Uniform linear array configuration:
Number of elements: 24
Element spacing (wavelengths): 0.75
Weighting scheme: hann
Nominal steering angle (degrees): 45
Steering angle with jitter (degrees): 44.886
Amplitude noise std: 0.05
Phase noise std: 0.05

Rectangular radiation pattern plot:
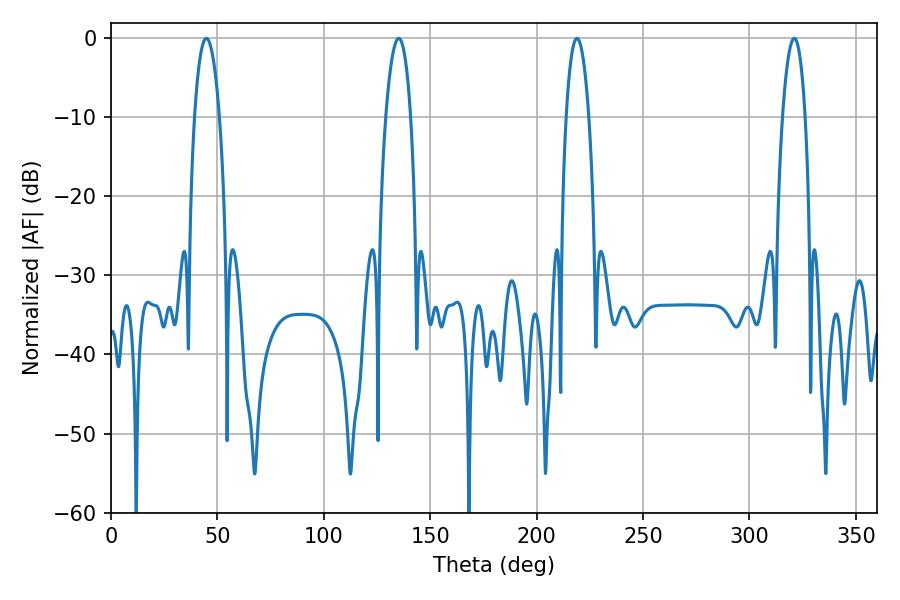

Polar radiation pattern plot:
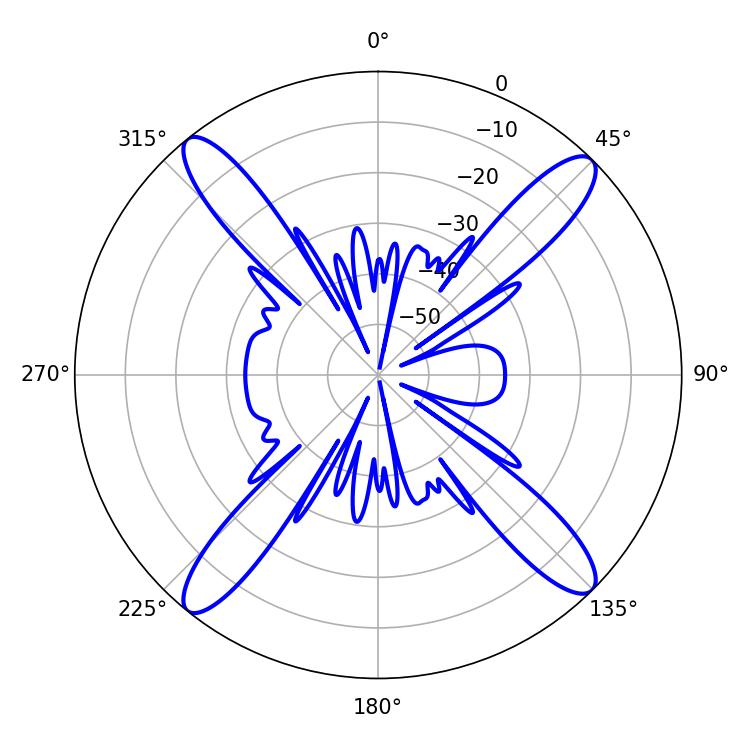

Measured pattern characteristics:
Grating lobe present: TRUE
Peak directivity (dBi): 17.963
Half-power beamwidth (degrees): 6.66
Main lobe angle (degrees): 44.82